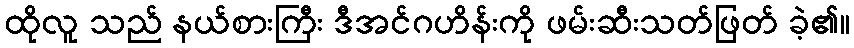
ထိုလူ သည် နယ်စားကြီး ဒီအင်ဂဟိန်းကို ဖမ်းဆီးသတ်ဖြတ် ခဲ့၏။